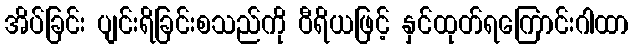
အိပ်ခြင်း ပျင်းရိခြင်းစသည်ကို ဝီရိယဖြင့် နှင်ထုတ်ရကြောင်းဂါထာ